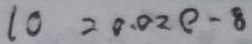
1 0 = 0 . 0 2 e - 8